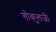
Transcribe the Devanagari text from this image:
गोकुलजी